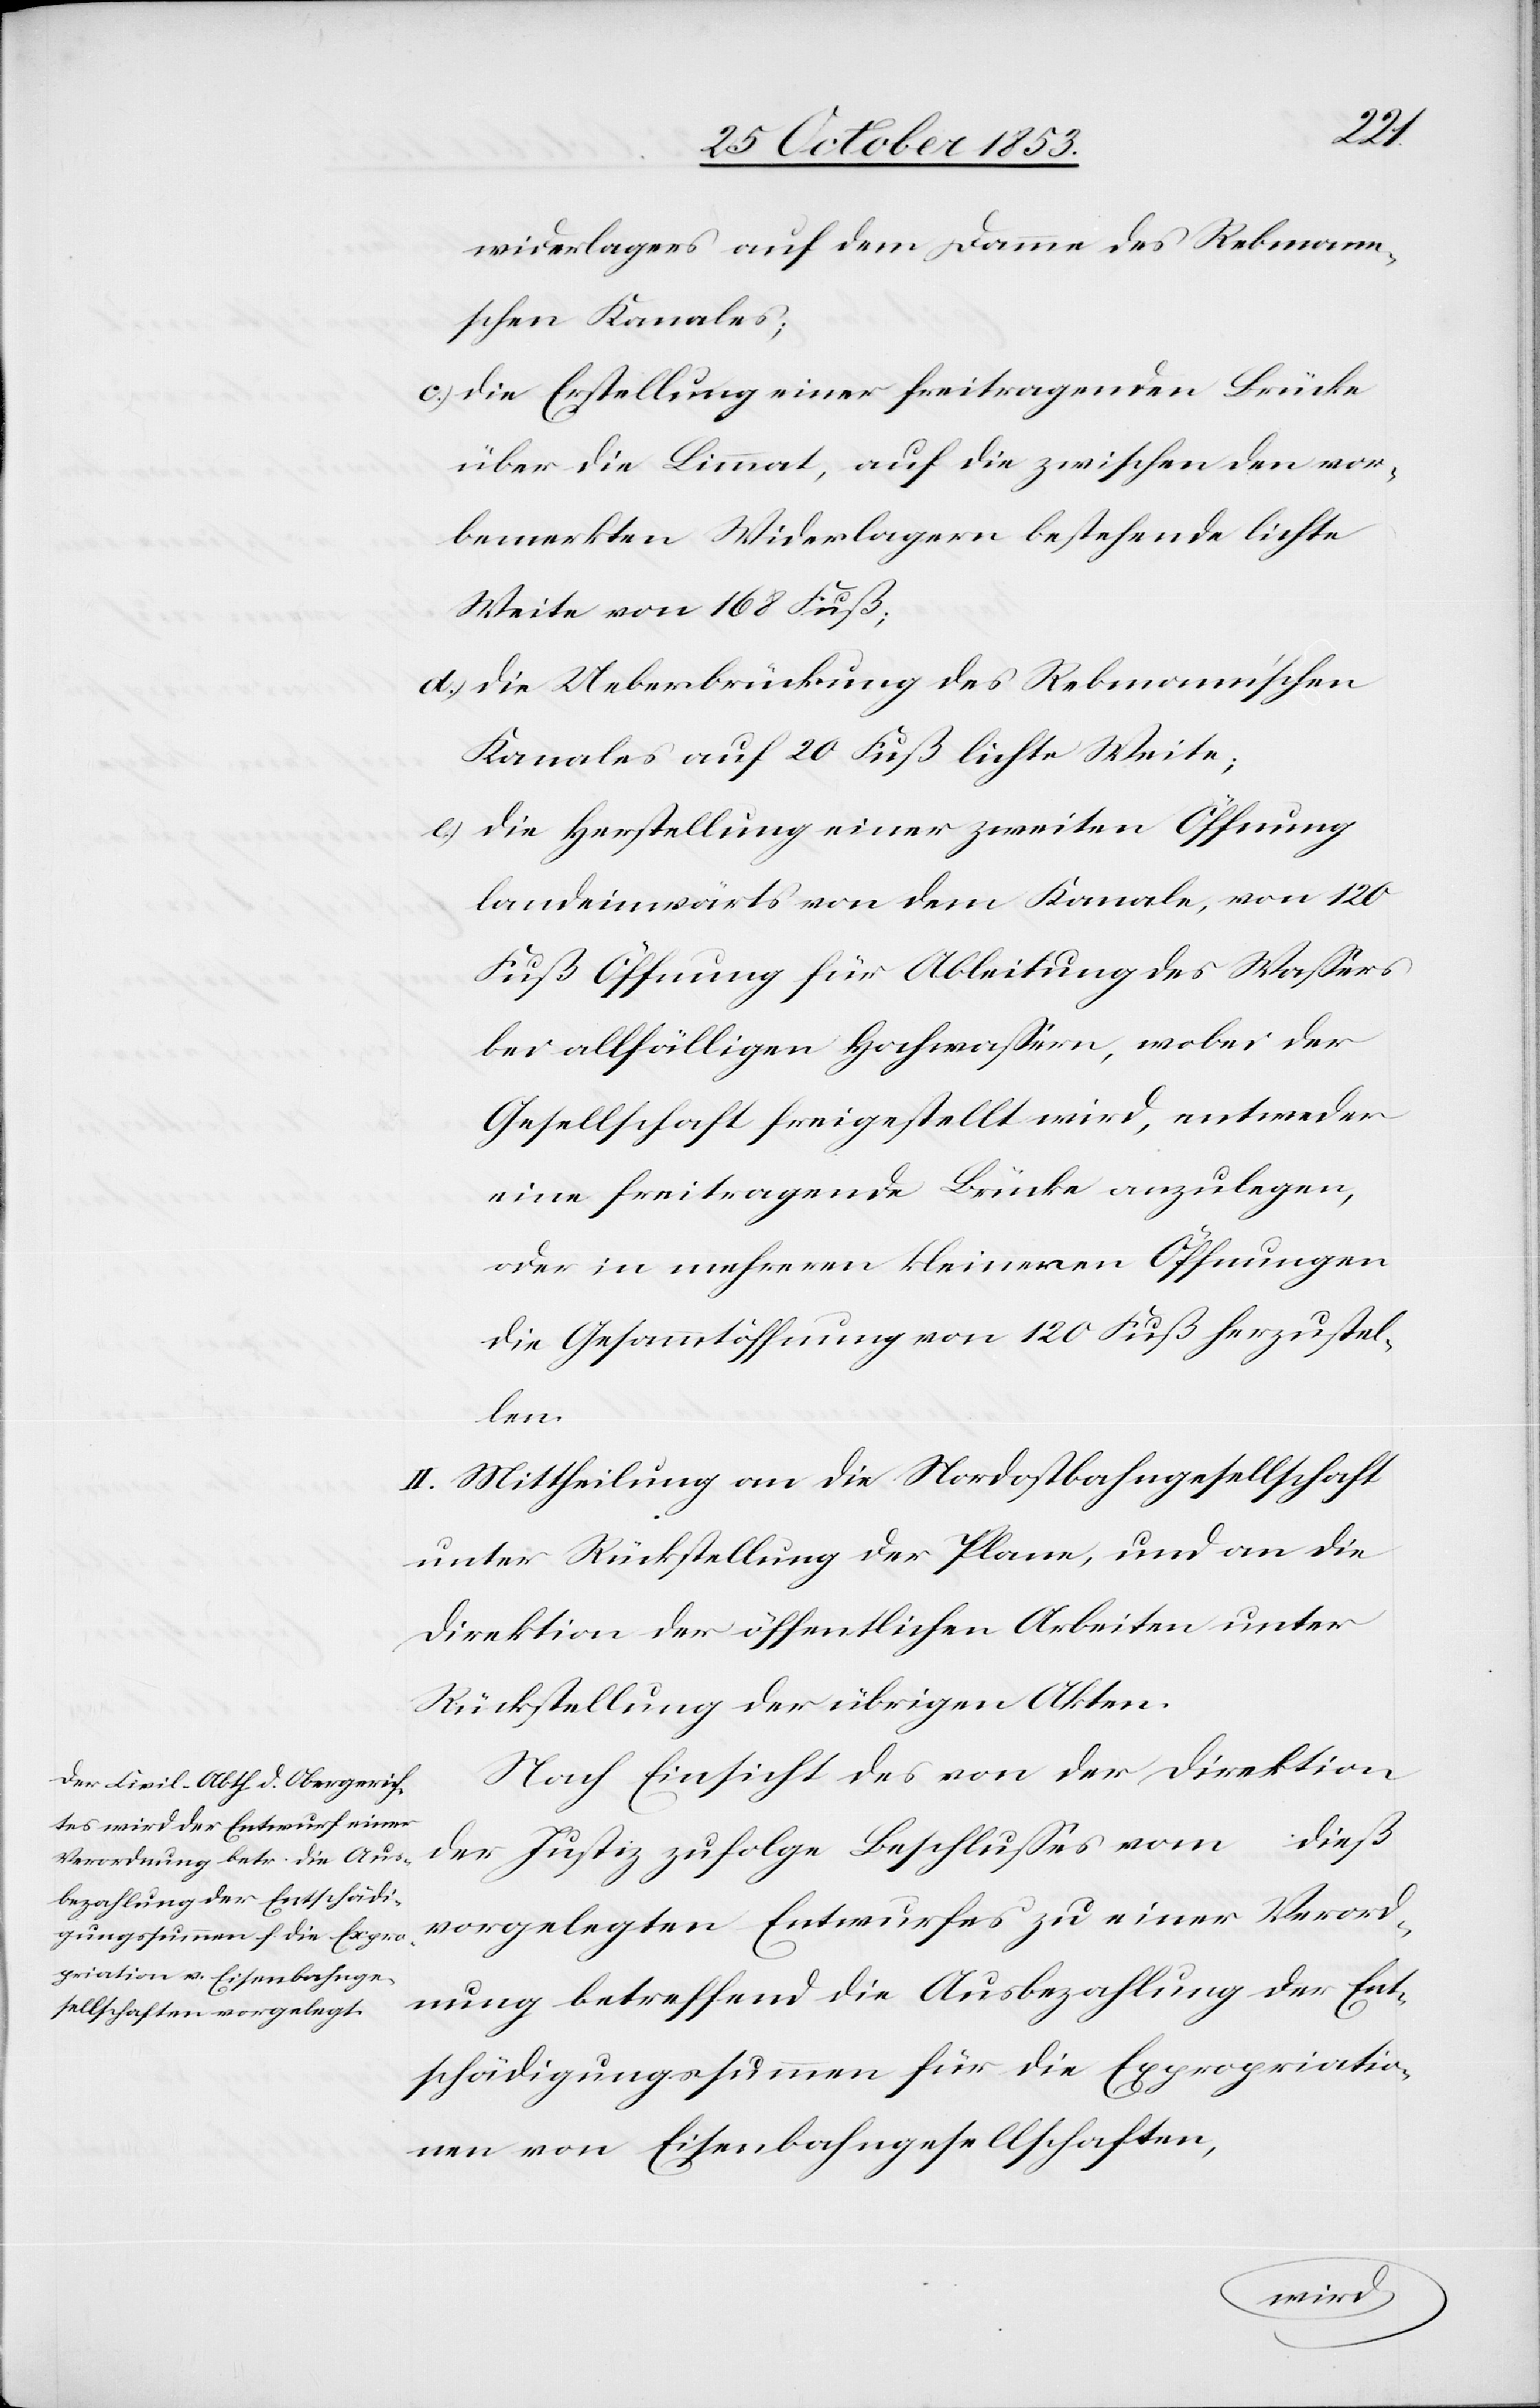
widerlagers auf dem Damme des Rebmann¬
schen Kanales;
c) die Erstellung einer freitragenden Brücke
über die Limmat, auf die zwischen den vor¬
bemerkten Widerlagern bestehende lichte
Weite von 168 Fuß;
d) die Unterbrückung des Rebmannschen
Kanales auf 20 Fuß lichte Weite;
c) die Herstellung einer zweiten Öffnung
landeinwärts von dem Kanale, von 120
Fuß Öffnung für Ableitung des Waßers
bei allfälligen Hochwaßern, wobei der
Gesellschaft freigestellt wird, entweder
eine freitragende Brücke anzulegen,
oder in mehrern kleinern Öffnungen
die Gesammtöffnungen von 120 Fuß herzustel¬
len.
II. Mittheilung an die Nordostbahngesellschaft
unter Rückstellung der Plane, und an die
Direktion der öffentlichen Arbeiten unter
Rückstellung der übrigen Akten.
Nach Einsicht des von der Direktion
der Justiz zufolge Beschlußes vom … dieß
vorgelegten Entwurfes zu einer Verord¬
nung betreffend die Ausbezahlung der Ent¬
schädigungssummen für die Expropriatio¬
nen von Eisenbahngesellschaften,